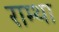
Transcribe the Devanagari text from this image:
राम्था